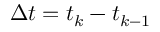
\Delta t = t _ { k } - t _ { k - 1 }